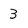
Character: 3